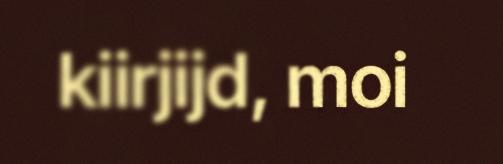
kiirjijd, moi